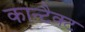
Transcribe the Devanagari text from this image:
कान्टैक्ट